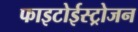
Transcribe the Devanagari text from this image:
फाइटोईस्ट्रोजन